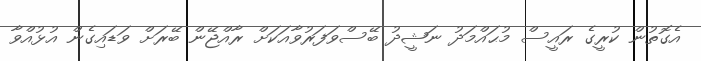
އެގޮތުން ކުރީގެ ރައީސް މުޙައްމަދު ނަޝީދު ބޭސްވަފަރުވާއަކަށް ރާއްޖޭން ބޭރަށް ވަޑައިގެން އުޅުއްވާ